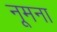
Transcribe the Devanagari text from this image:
नूमना